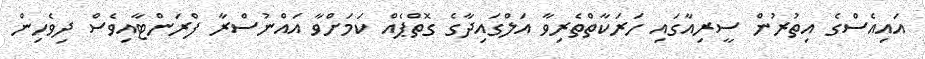
އައިއެސްގެ އިތުރުން ސީރިއާގައި ހަރަކާތްތެރިވާ އަލްގައިދާގެ ގޮތްޕެއް ކަމަށްވާ އައްނުސްރާ ފްރަންޓާއިވެސް ދިވެހިން